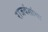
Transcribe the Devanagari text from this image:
राजवंशांचा